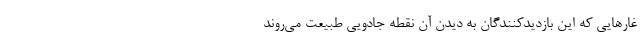
غار‌هایی که این بازدیدکنندگان به دیدن آن نقطه جادویی طبیعت می‌روند